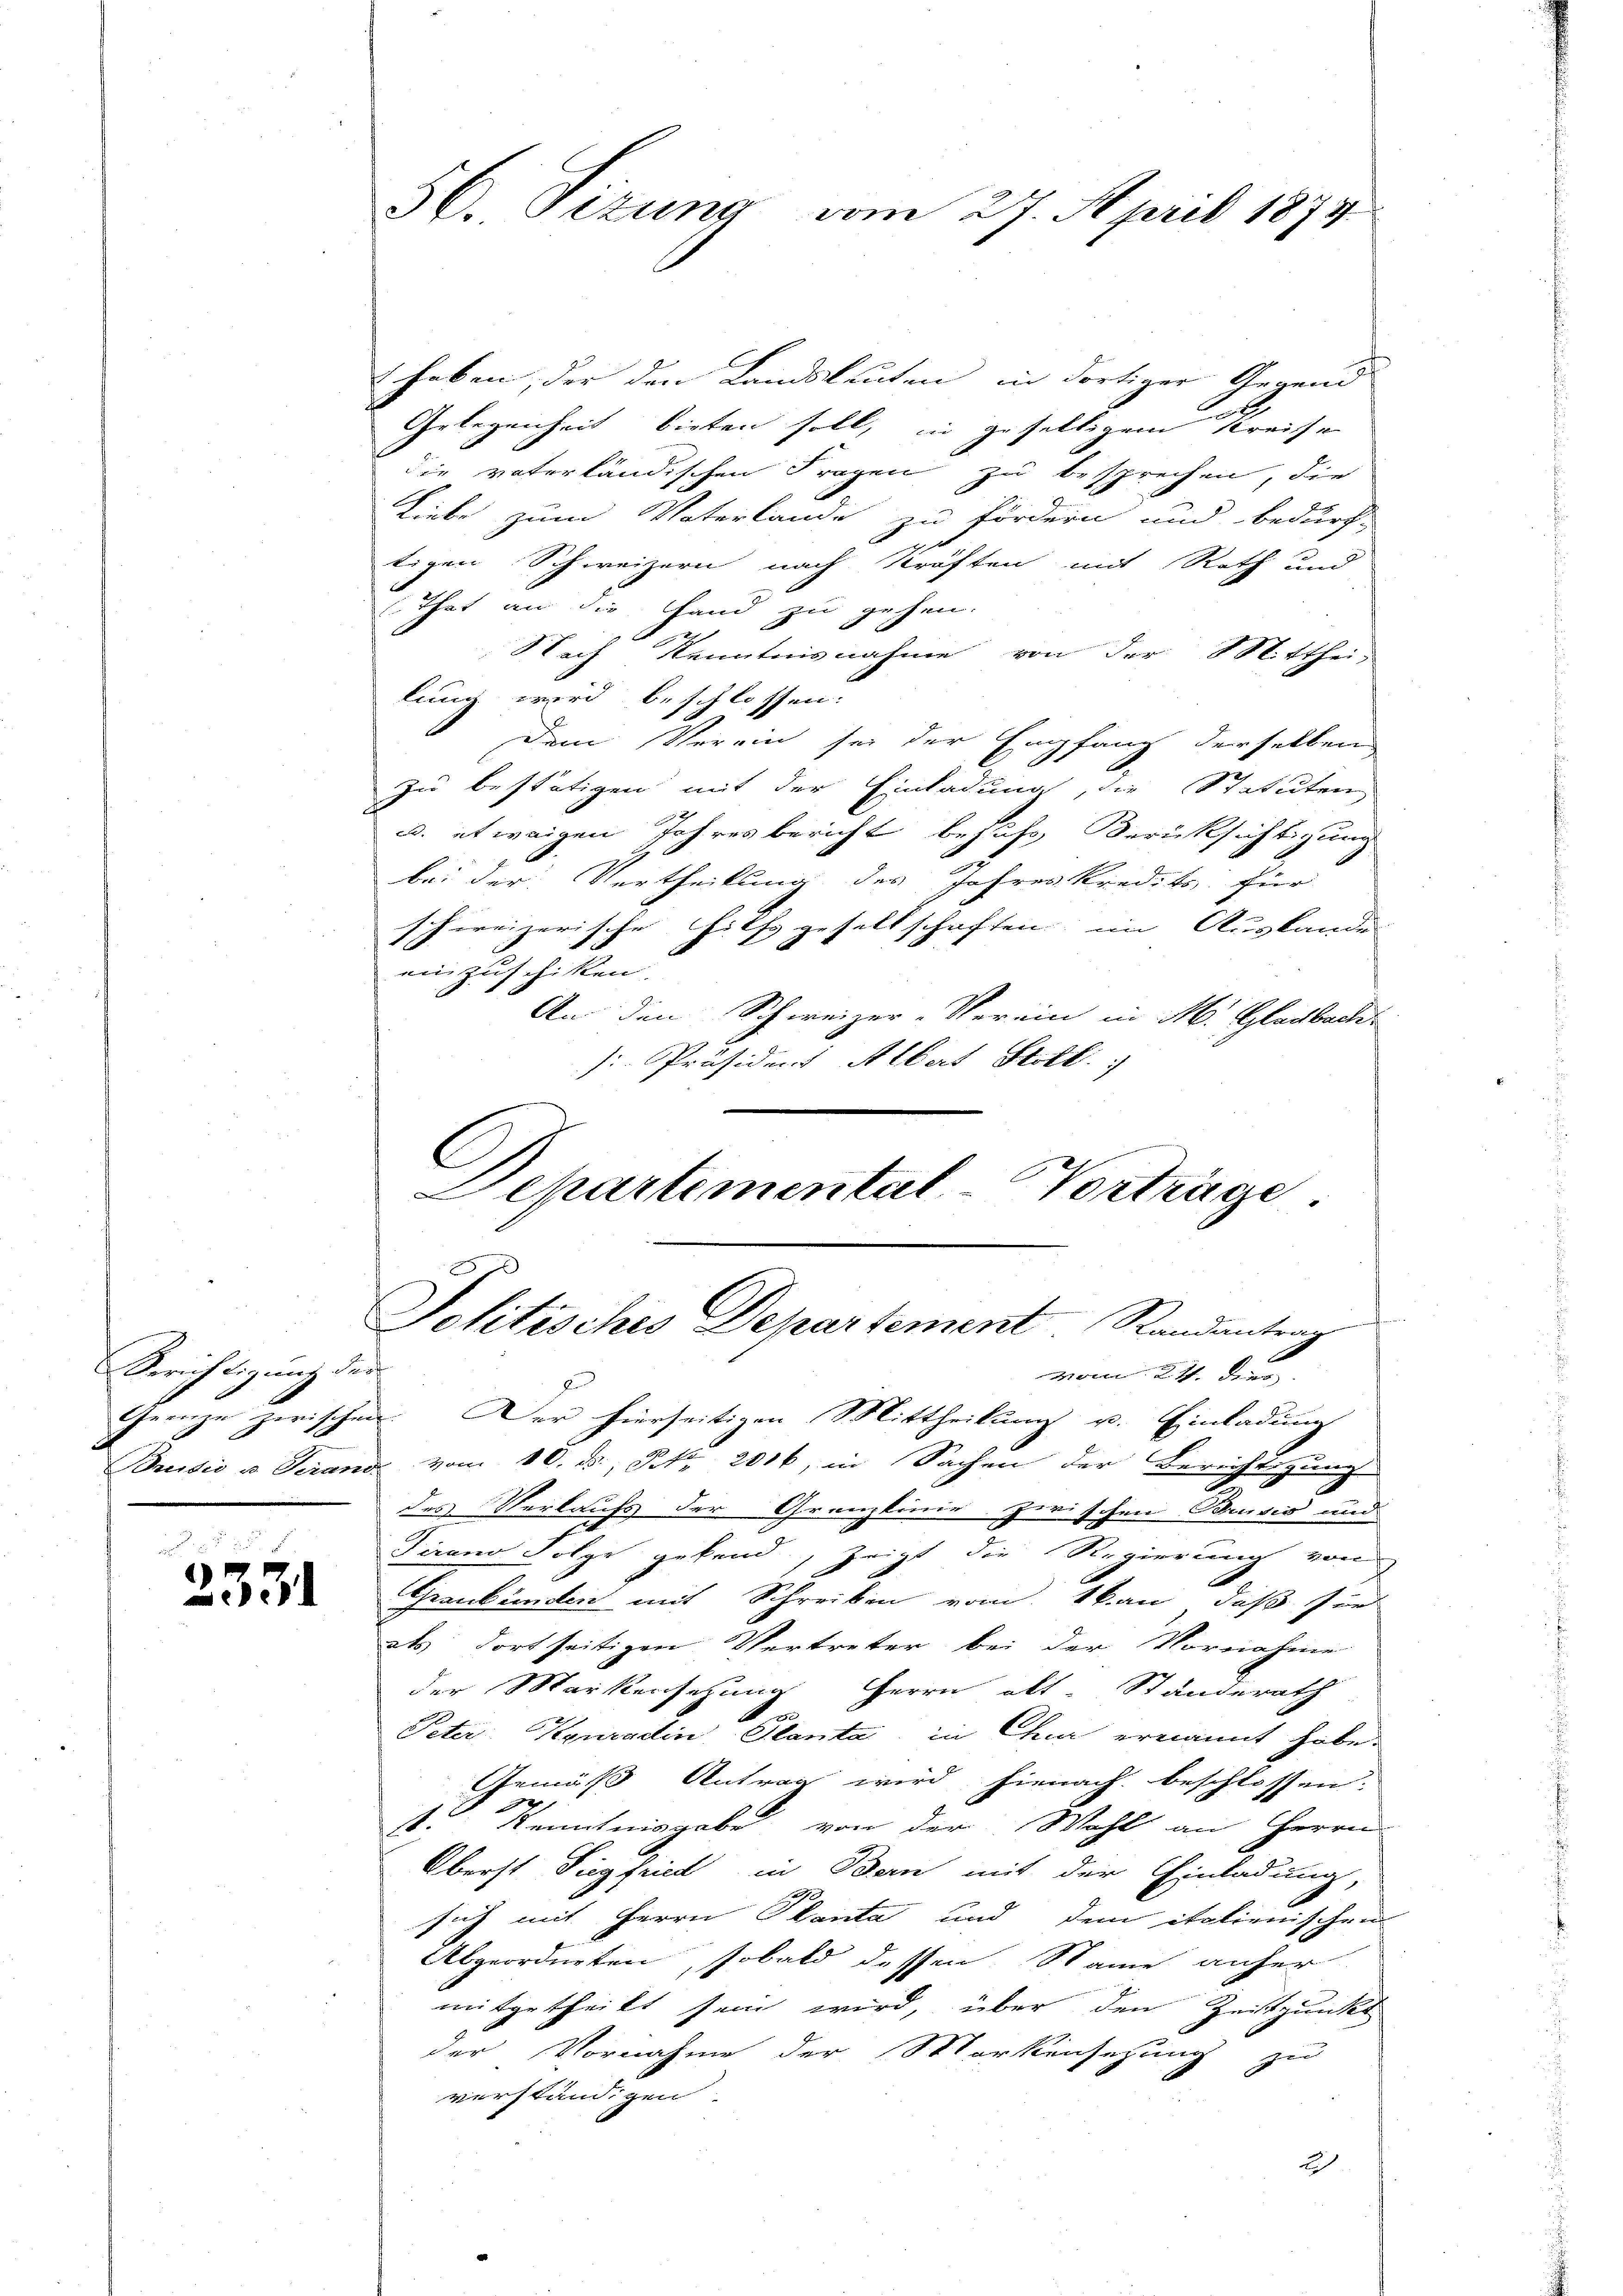
Berichtigung des

u
an
3331

56. Sezung vom 27. April 1874

Erheben, der den Landsleuten in dortiger Gegend
Gelegenheit bieten soll, in gefaltigem Kreise
die vaterländischen Fragen zu besprechen, die
Liebe zum Vaterlande zu fördern und bedürf-
tigen Schweizern nach Straften mit Rath und
That an die Hand zu gehen.
Nach Kenntnisnahme von der Mitthei-
lung wird beschlossen:
Dem Verein sei der Empfang derselben
zu bestätigen mit der Einladung, die Statuten
u. etwaigen Jahresbericht behufs Berücksichtigung
bei der Vertheilung des Jahreskredits für
schweizerische Hilfsgesellschaften, im Auslande
einzuschiken.
An den Schweizer-Verein in M. Gladbach-
: Präsidens Albert Stoll.
G

Departemental-Vorträge.
Johtisches Departement Randantrar
vom 24. Der

Grenze zwischen. Der hierseitigen Mittheilung u. Einladung
Brudić u. Gerand vom 10. ds., Nr. 2016, in Sachen der Berichtigung
des Verlaufs der Granzlinie zwischen Brisis und
Tirend Folge gebend, zeigt die Regierung von
Graubünden mit Schreiben vom kan, daß sie
als dortseitigen Vertreter bei der Vornahme
der Markersetzung Herrn alt Standerath
t
Peter Konradin Planta, in Chur ernannt habe.
Gemäß Antrag wird hienach beschlossen.
st Kenntnisgabe von der Wahl an Herrn
Oberst Siegfried in Bern mit der Einladung,
sich mit Herrn Planta und dem italienischen
Abgeordneten, sobald dessen Name anher
mitgetheilt sein wird, über den Zeitpunkt
der Vornahme der Markensetzung zu
verständigen
h